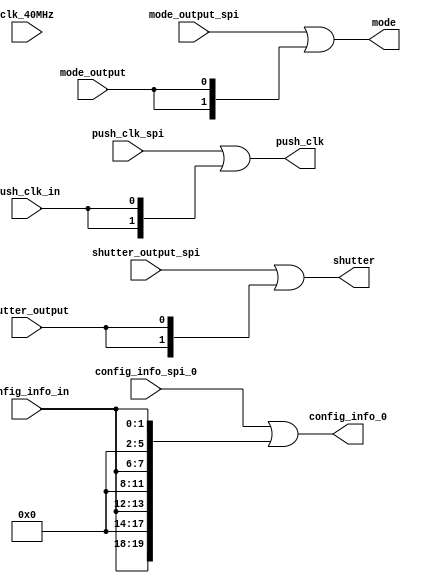
//spispi
//spi
module mux2_1_opera(
	clk_40MHz,
	shutter_output,
	shutter_output_spi,
	mode_output,
	mode_output_spi,
	push_clk_spi,
	push_clk_in,
	config_info_spi_0,
	config_info_in,
	
	push_clk,
	shutter,
	mode,
	config_info_0
);

	input clk_40MHz;
	input shutter_output;
	input [1:0] shutter_output_spi;
	input mode_output;
	input [1:0] mode_output_spi;
	input [1:0] push_clk_spi;
	input push_clk_in;
	
	//spiconfig_info_spi_0~3config_info_0~3192bit
	//326bit(4bit DAC(0)DpusleMask)
	input [23:0] config_info_spi_0;
	input [1:0] config_info_in;//DpulseMaskDAC


	output [1:0] push_clk;
	output [1:0] shutter;
	output [1:0] mode;
	
	output [23:0] config_info_0;
	assign shutter = shutter_output_spi | {2{shutter_output}};
	assign mode = mode_output_spi | {2{mode_output}};
	assign push_clk = push_clk_spi | {2{push_clk_in}};
	//assign shake_hands_col = shake_hands_col_spi | shake_hands_col_in;
	assign config_info_0 = config_info_spi_0 | {4{4'd0, config_info_in}};
	
	
endmodule